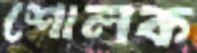
শোলক